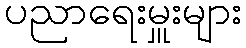
ပညာရေးမှူးများ